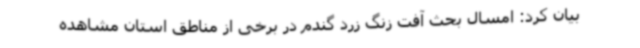
بیان کرد: امسال بحث آفت زنگ زرد گندم در برخی از مناطق استان مشاهده